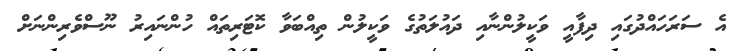
އެ ސަރަހައްދުގައި ދިފާއީ ވަކީލުންނާއި ދައުލަތުގެ ވަކީލުން ތިއްބަވާ ކޮޓަރިތައް ހުންނައިރު ނޫސްވެރިންނަށް